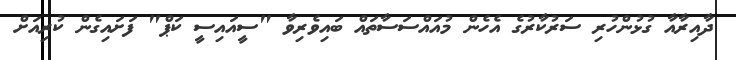
ދާއިރާއާ ގުޅުންހުރި ސަރުކާރުގެ އެހެން މުއައްސަސާތައް ބައިވެރިވާ "ސީއައިސީ ކަޕް" ފަށައިގެން ކުރިއަށް